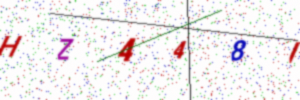
Text: HZ448I